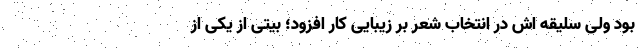
بود ولی سلیقه اش در انتخاب شعر بر زیبایی کار افزود؛ بیتی از یکی از